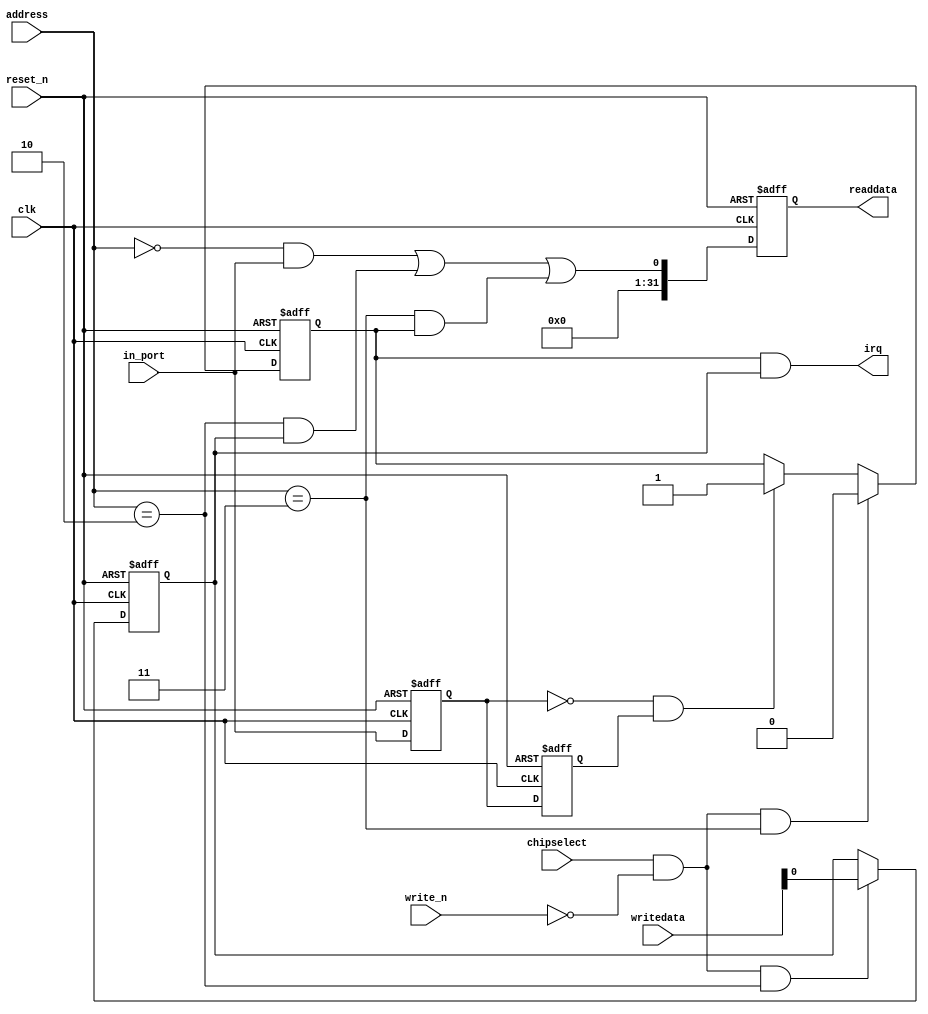
module TimeHoldOver_Qsys_ocxo_lock (
                                     // inputs:
                                      address,
                                      chipselect,
                                      clk,
                                      in_port,
                                      reset_n,
                                      write_n,
                                      writedata,

                                     // outputs:
                                      irq,
                                      readdata
                                   )
;

  output           irq;
  output  [ 31: 0] readdata;
  input   [  1: 0] address;
  input            chipselect;
  input            clk;
  input            in_port;
  input            reset_n;
  input            write_n;
  input   [ 31: 0] writedata;

  wire             clk_en;
  reg              d1_data_in;
  reg              d2_data_in;
  wire             data_in;
  reg              edge_capture;
  wire             edge_capture_wr_strobe;
  wire             edge_detect;
  wire             irq;
  reg              irq_mask;
  wire             read_mux_out;
  reg     [ 31: 0] readdata;
  assign clk_en = 1;
  //s1, which is an e_avalon_slave
  assign read_mux_out = ({1 {(address == 0)}} & data_in) |
    ({1 {(address == 2)}} & irq_mask) |
    ({1 {(address == 3)}} & edge_capture);

  always @(posedge clk or negedge reset_n)
    begin
      if (reset_n == 0)
          readdata <= 0;
      else if (clk_en)
          readdata <= {32'b0 | read_mux_out};
    end


  assign data_in = in_port;
  always @(posedge clk or negedge reset_n)
    begin
      if (reset_n == 0)
          irq_mask <= 0;
      else if (chipselect && ~write_n && (address == 2))
          irq_mask <= writedata;
    end


  assign irq = |(edge_capture & irq_mask);
  assign edge_capture_wr_strobe = chipselect && ~write_n && (address == 3);
  always @(posedge clk or negedge reset_n)
    begin
      if (reset_n == 0)
          edge_capture <= 0;
      else if (clk_en)
          if (edge_capture_wr_strobe)
              edge_capture <= 0;
          else if (edge_detect)
              edge_capture <= -1;
    end


  always @(posedge clk or negedge reset_n)
    begin
      if (reset_n == 0)
        begin
          d1_data_in <= 0;
          d2_data_in <= 0;
        end
      else if (clk_en)
        begin
          d1_data_in <= data_in;
          d2_data_in <= d1_data_in;
        end
    end


  assign edge_detect = ~d1_data_in & d2_data_in;

endmodule